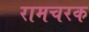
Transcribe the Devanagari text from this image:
रामचरक